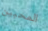
المحبين